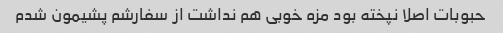
حبوبات اصلا نپخته بود مزه خوبی هم نداشت از سفارشم پشیمون شدم